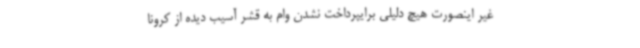
غیر اینصورت هیچ دلیلی برایپرداخت نشدن وام به قشر آسیب دیده از کرونا